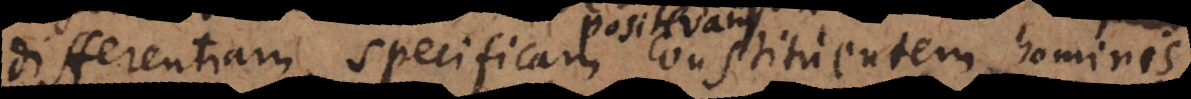
differentiam specificam constituentem hominis